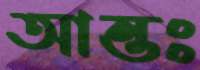
আন্তঃ